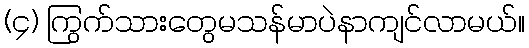
(၄) ကြွက်သားတွေမသန်မာပဲနာကျင်လာမယ်။